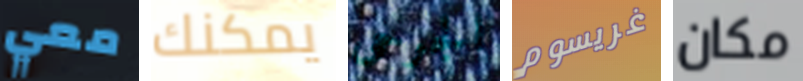
معي يمكنك الجرحى غريسوم مكان